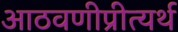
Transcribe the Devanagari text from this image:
आठवणीप्रीत्यर्थ